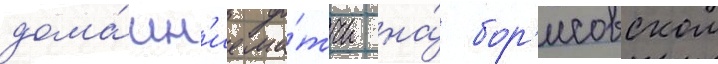
дома́шн'ие ма́тчи на́ бор'исовском